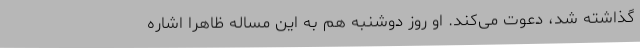
گذاشته شد، دعوت می‌کند. او روز دوشنبه هم به این مساله ظاهرا اشاره